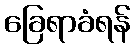
ခြေရာခံရန်